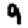
Digit: 9